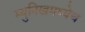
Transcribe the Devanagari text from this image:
म्युनिखमध्येच